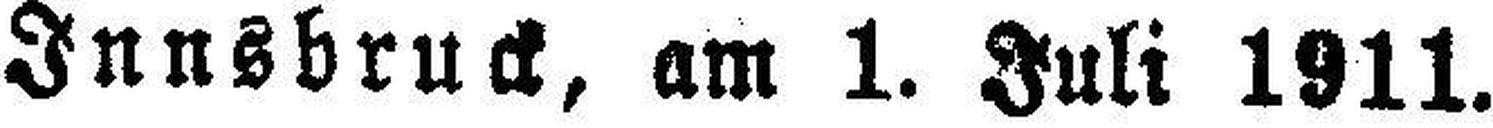
Innsbruck, am 1. Juli 1911.